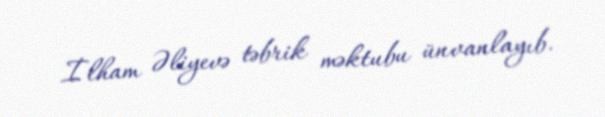
İlham Əliyevə təbrik məktubu ünvanlayıb.